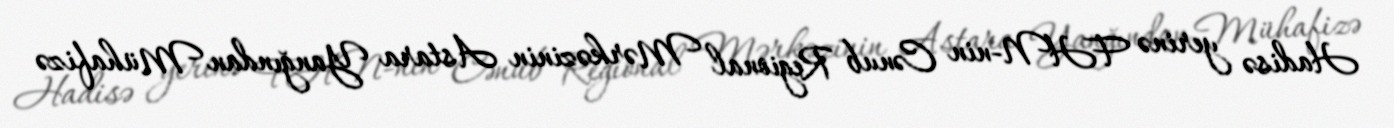
Hadisə yerinə FHN-nin Cənub Regional Mərkəzinin Astara Yanğından Mühafizə